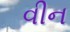
વીન